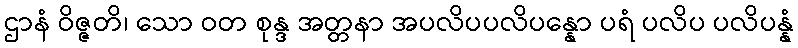
ဌာနံ ဝိဇ္ဇတိ၊ သော ဝတ စုန္ဒ အတ္တနာ အပလိပပလိပန္နော ပရံ ပလိပ ပလိပန္နံ